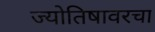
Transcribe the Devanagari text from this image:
ज्योतिषावरचा